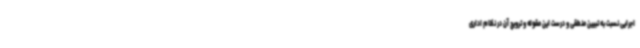
اجرایی نسبت به تبیین منطقی و درست این مقوله و ترویج آن در نظام اداری